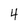
Character: 4